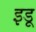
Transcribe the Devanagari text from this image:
इडू